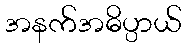
အနက်အဓိပ္ပာယ်